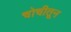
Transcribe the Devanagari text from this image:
चोचीतून